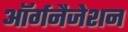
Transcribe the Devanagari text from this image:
ऑर्गनैजेशन